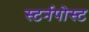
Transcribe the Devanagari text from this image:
स्टर्नपोस्ट